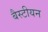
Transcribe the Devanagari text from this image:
बैस्टीयन